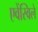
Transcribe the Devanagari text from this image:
एवेंस्विले